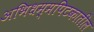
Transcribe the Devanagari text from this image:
अभिधम्मपिटकातील